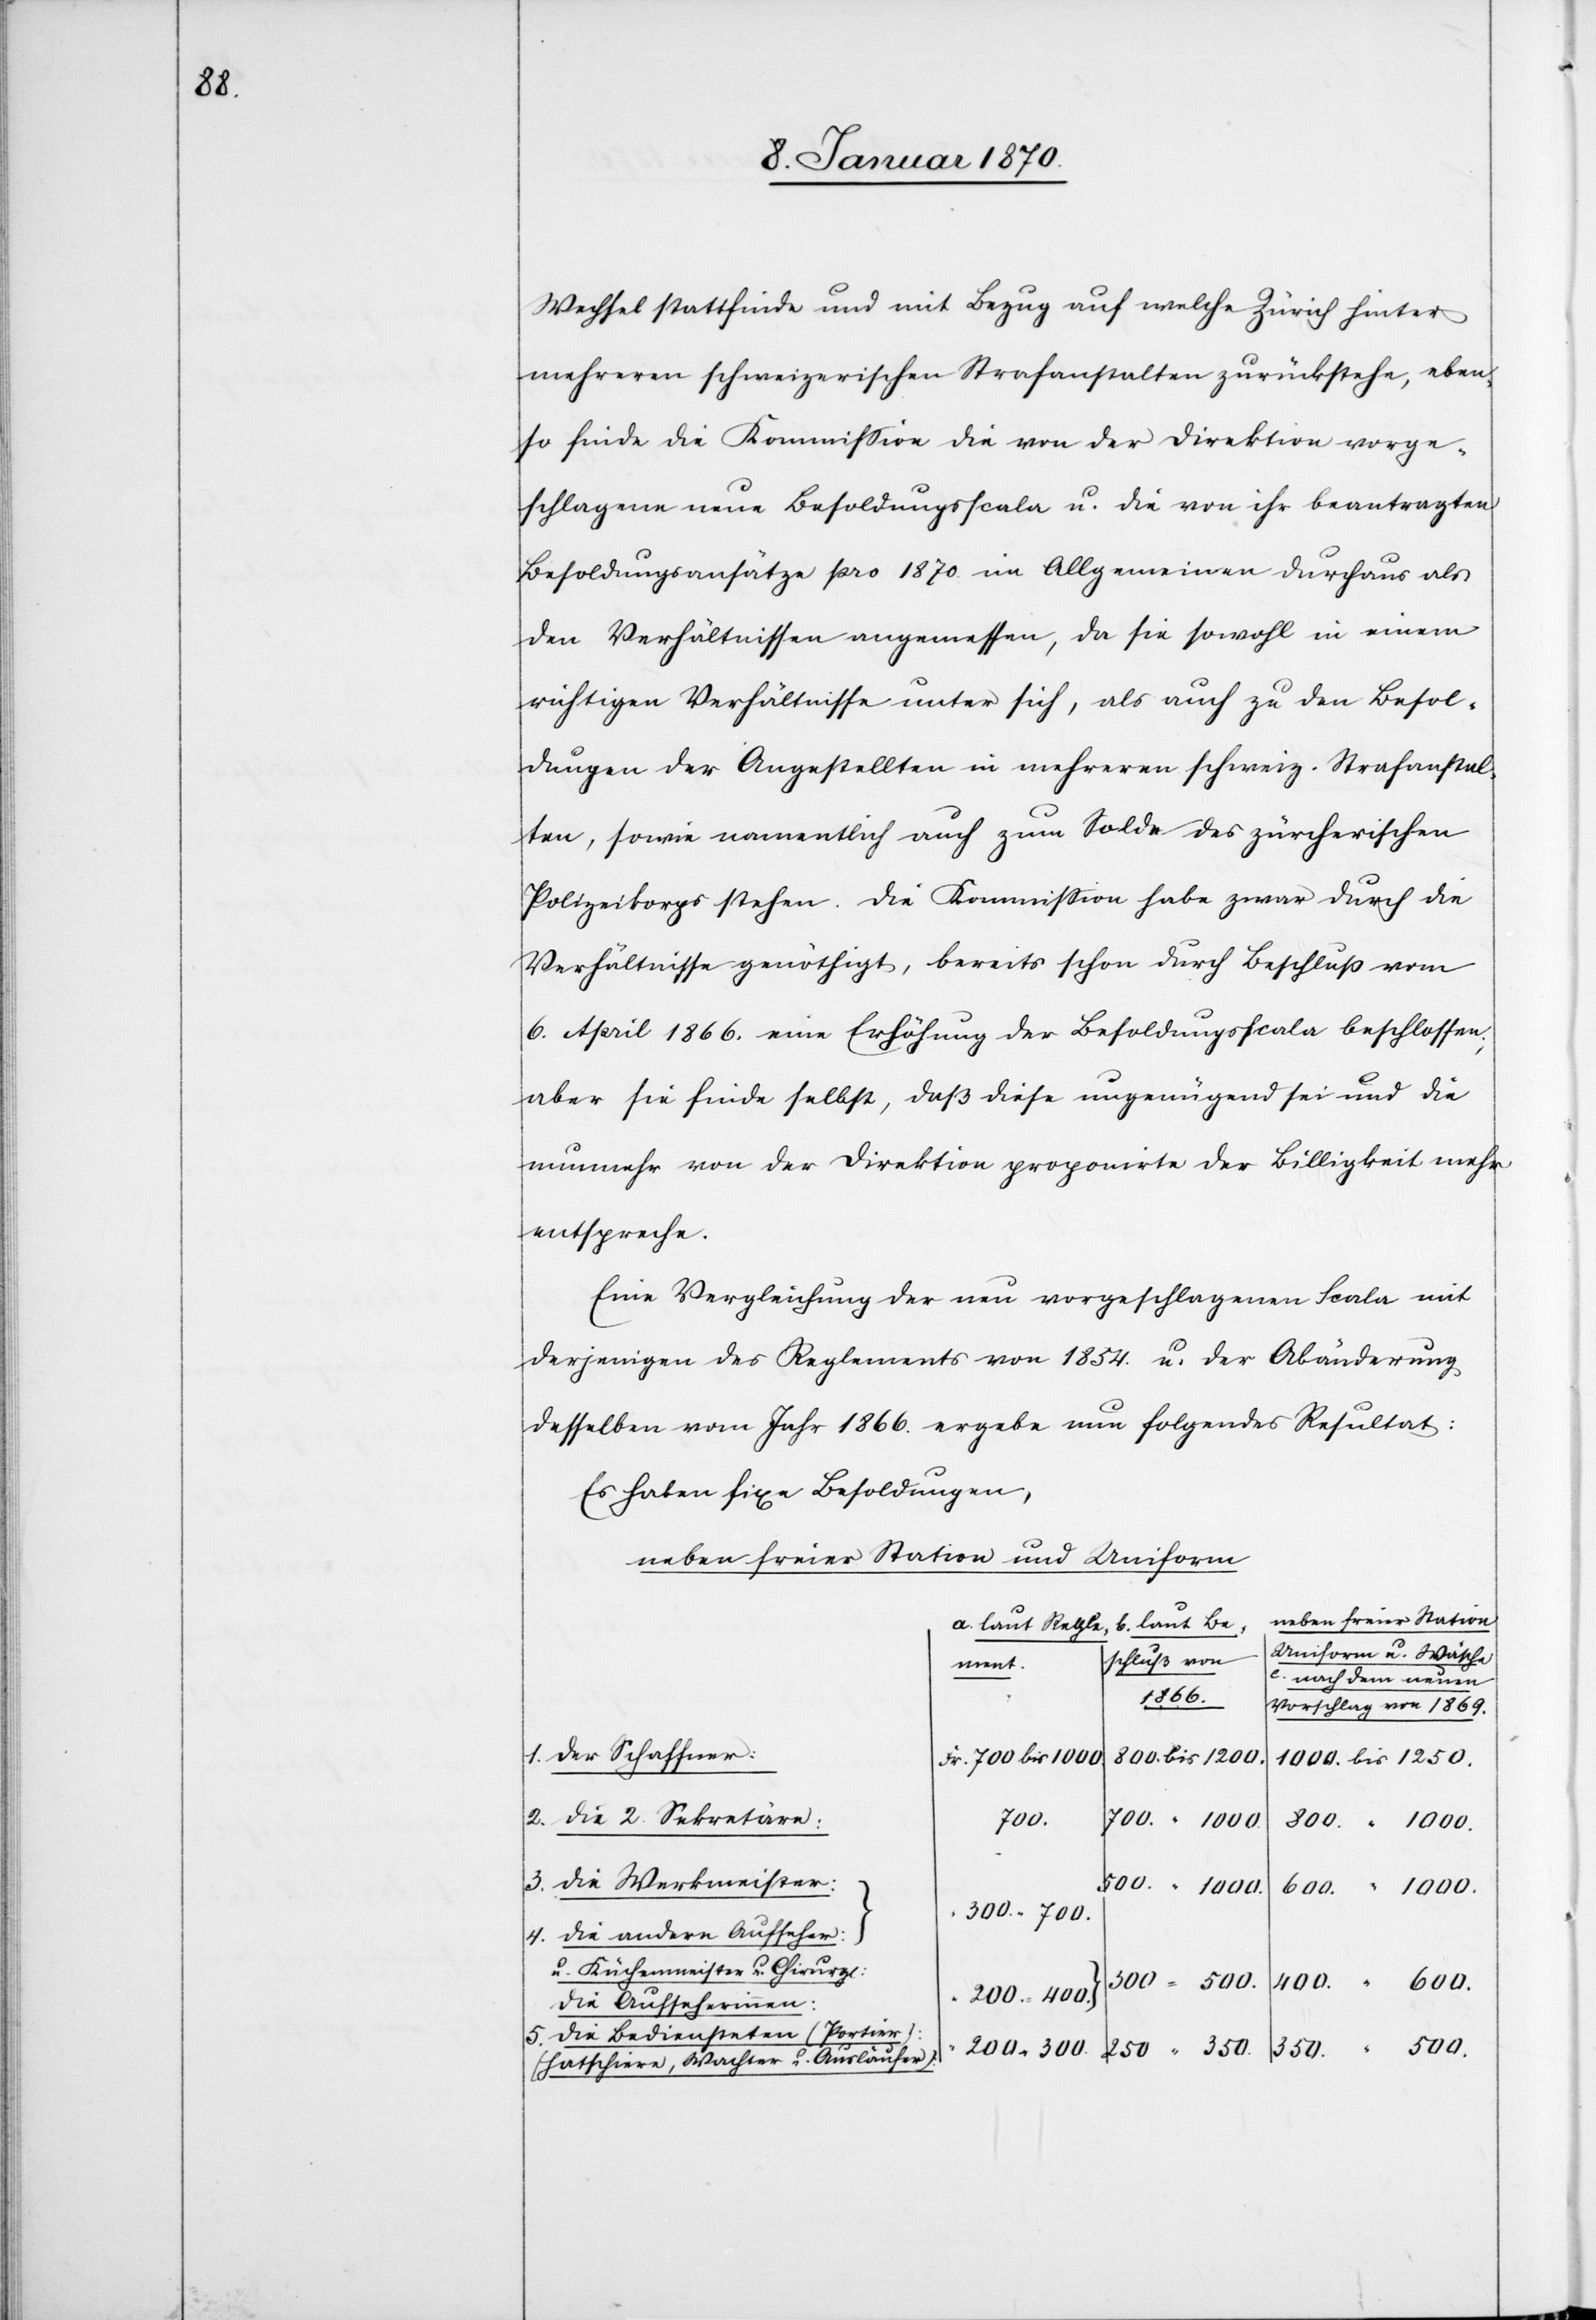
350.

Wechsel stattfinde und mit Bezug auf welche Zürich hinter
mehreren schweizerischen Strafanstalten zurückstehe, eben¬
so finde die Kommission die von der Direktion vorge¬
schlagene neue Besodlungsscala u. die von ihr beantragten
Besoldungsansätze pro 1870. Im Allgemeinen durchaus als
den Verhältnissen angemessen, da sie sowohl in einem
richtigen Verhältnisse unter sich, als auch zu den Besol¬
dungen der Angestellten in mehreren schweiz. Strafanstal¬
ten, sowie namentlich auch zum Solde des zürcherischen
Polizeikops stehen. Die Kommission habe zwar durch die
Verhältnisse genöthigt, bereits schon durch Beschluß vom
6. April 1866. Eine Erhöhung der Besoldungsscala beschlossen;
aber sie finde selbst, daß diese ungenügend sei und die
nunmehr von der Direktion proponirte der Billigkeit mehr
entspreche.
Eine Vergleichung der nun vorgeschlagenen Scala mit
derjenigen des Reglements von 1854. U. der Abänderung
desselben vom Jahr 1866. Ergebe nun folgendes Resultat:
Es haben fixe Besoldungen,
neben freier Station und Uniform
Neben freier Station
laut Be¬
b.
a. laut Regle¬
Uniform u. Wäsche
c.
schluss von
ment.
nach dem neuen
1250.
Vorschlag von 1869.
1. der Schaffner:
Fr. 700 bis 1000
2. die 2 Sekretäre:
500.
3. die Werkmeister:
300. “ 700.
4. die andern Aufseher:
u. Küchenmeiser u. Chirurge:
200. “ 400.
die Aufseherinnen:
5. die Bediensteten (Portier):
(Hatschiere, Wachter u. Ausläufer):